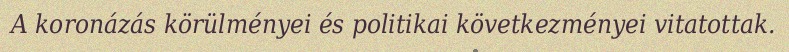
A koronázás körülményei és politikai következményei vitatottak.